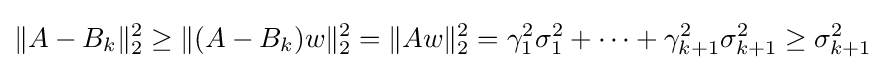
\|A-B_{k}\|_{2}^{2}\geq \|(A-B_{k})w\|_{2}^{2}=\|Aw\|_{2}^{2}=\gamma _{1}^{2}\sigma _{1}^{2}+\cdots +\gamma _{k+1}^{2}\sigma _{k+1}^{2}\geq \sigma _{k+1}^{2}